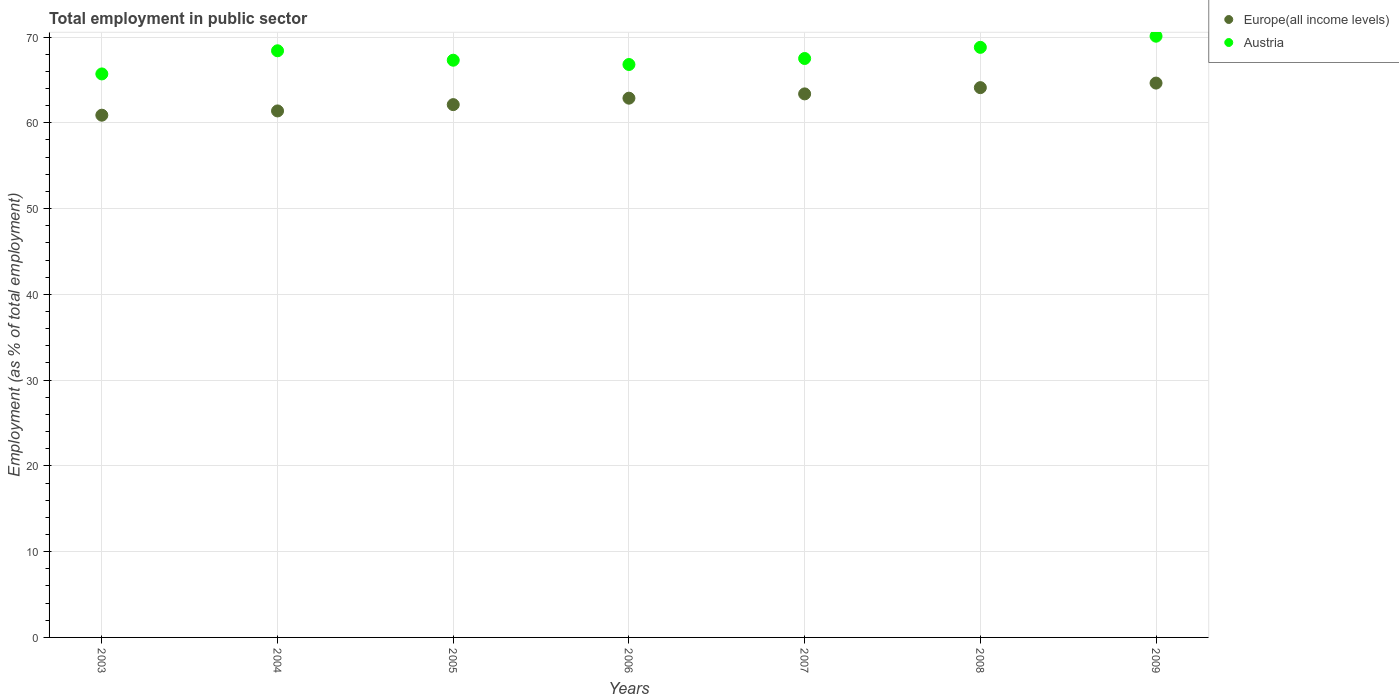
| Years | Europe(all income levels) | Austria |
 | --- | --- | --- |
 | 2003 | 60.9 | 65.7 |
 | 2004 | 61.4 | 68.4 |
 | 2005 | 62.1 | 67.3 |
 | 2006 | 62.9 | 66.8 |
 | 2007 | 63.4 | 67.5 |
 | 2008 | 64.1 | 68.8 |
 | 2009 | 64.6 | 70.1 |